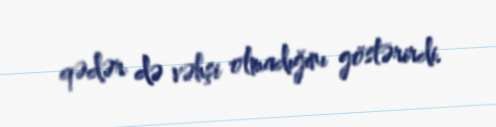
qədər də vəhşi olmadığını göstərirdi.